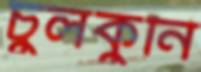
চুলকুনি